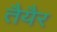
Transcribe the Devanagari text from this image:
तैयैर